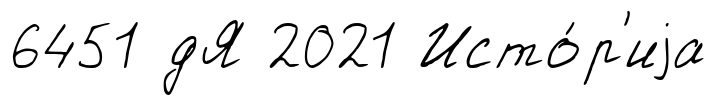
6451 дЯ 2021 Исто́р'иjа